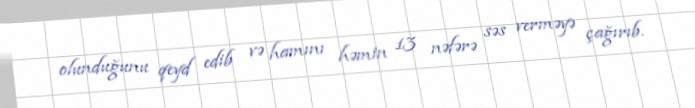
olunduğunu qeyd edib və hamını həmin 13 nəfərə səs verməyə çağırıb.